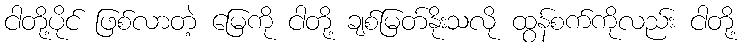
ငါတို့ပိုင် ဖြစ်လာတဲ့ မြေကို ငါတို့ ချစ်မြတ်နိုးသလို ထွန်စက်ကိုလည်း ငါတို့